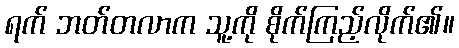
ရက် ဘတ်တလာက သူ့ကို စိုက်ကြည့်လိုက်၏။